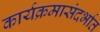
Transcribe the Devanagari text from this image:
कार्यक्रमासंदर्भात